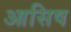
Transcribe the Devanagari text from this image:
आसिष